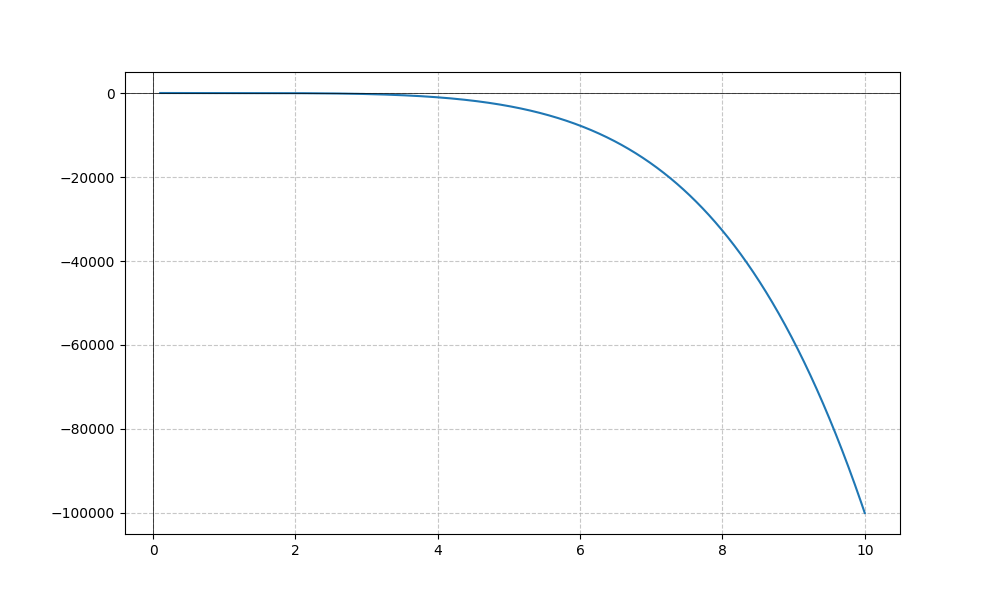
LaTeX formula: - x^{5} - \log{\left(x \right)}